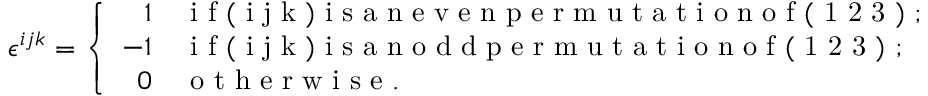
\epsilon ^ { i j k } = \left\{ \begin{array} { r l } { 1 } & { \mathrm { ~ i ~ f ~ ( ~ i ~ j ~ k ~ ) ~ i ~ s ~ a ~ n ~ e ~ v ~ e ~ n ~ p ~ e ~ r ~ m ~ u ~ t ~ a ~ t ~ i ~ o ~ n ~ o ~ f ~ ( ~ 1 ~ 2 ~ 3 ~ ) ~ } ; } \\ { - 1 } & { \mathrm { ~ i ~ f ~ ( ~ i ~ j ~ k ~ ) ~ i ~ s ~ a ~ n ~ o ~ d ~ d ~ p ~ e ~ r ~ m ~ u ~ t ~ a ~ t ~ i ~ o ~ n ~ o ~ f ~ ( ~ 1 ~ 2 ~ 3 ~ ) ~ } ; } \\ { 0 } & { \mathrm { ~ o ~ t ~ h ~ e ~ r ~ w ~ i ~ s ~ e ~ } . } \end{array} \right.